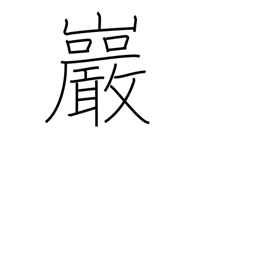
Meaning: crag